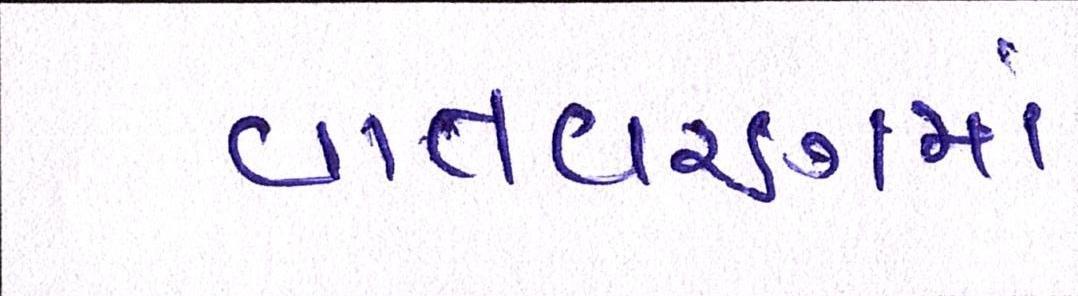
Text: વાતવરણમાં